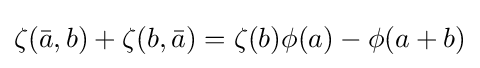
\zeta ({\bar {a}},b)+\zeta (b,{\bar {a}})=\zeta (b)\phi (a)-\phi (a+b)